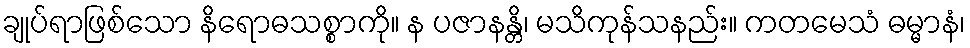
ချုပ်ရာဖြစ်သော နိရောဓသစ္စာကို။ န ပဇာနန္တိ၊ မသိကုန်သနည်း။ ကတမေသံ ဓမ္မာနံ၊